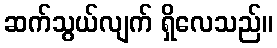
ဆက်သွယ်လျက် ရှိလေသည်။